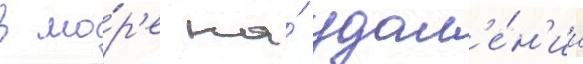
в мо́р'е на́ удал'е́н'ии